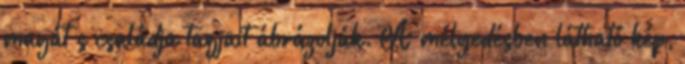
magát s családja tagjait ábrázolják. A mélyedésben látható kép,